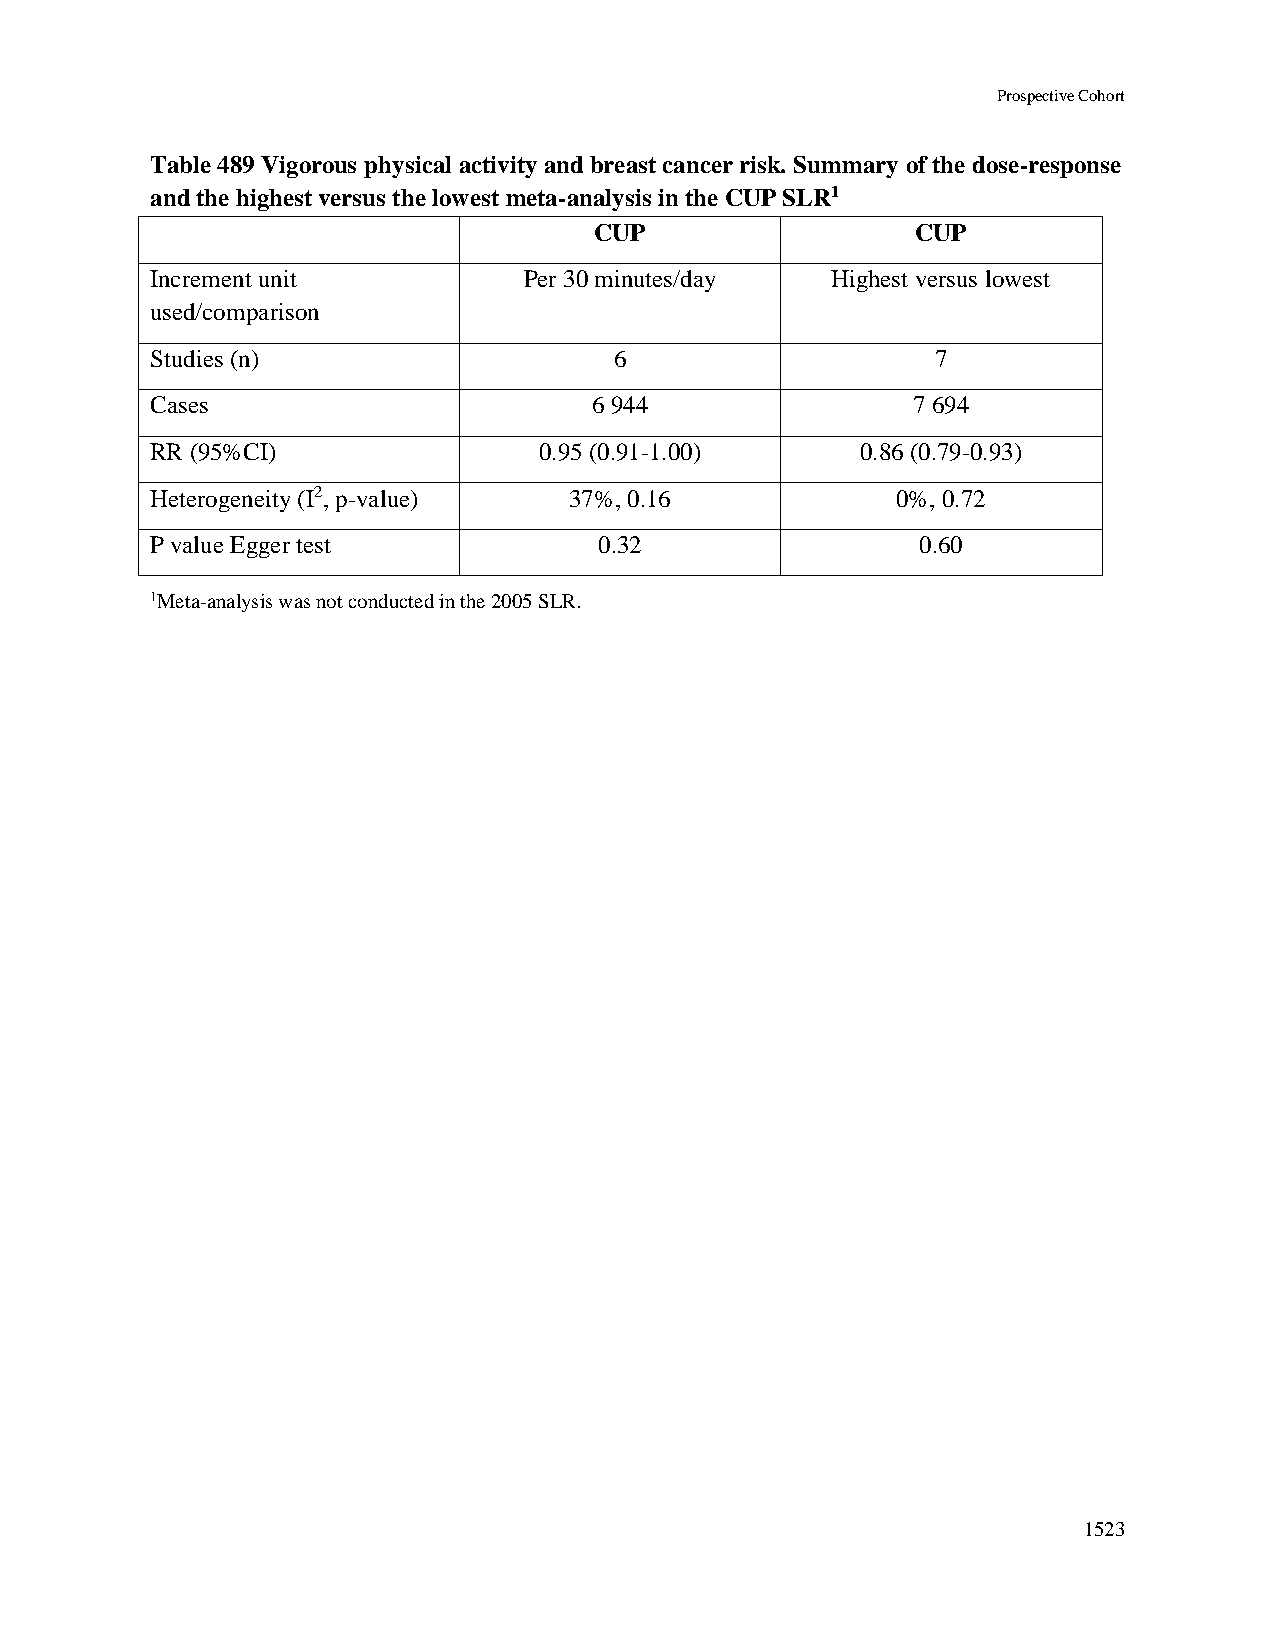
Prospective Cohort
 Table 489 Vigorous physical activity and breast cancer risk. Summary of the dose-response
 and the highest versus the lowest meta-analysis in the CUP SLR1
 CUP                   CUP
 Increment unit           Per 30 minutes/day  Highest versus lowest
 used/comparison
 Studies (n)                    6                    7
 Cases                        6 944                7 694
 RR (95%CI)                0.95 (0.91-1.00)     0.86 (0.79-0.93)
 Heterogeneity (I2, p-value) 37%, 0.16            0%, 0.72
 P value Egger test            0.32                 0.60
 1Meta-analysis was not conducted in the 2005 SLR.
 1523